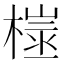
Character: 𪳢